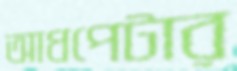
আধপেটার